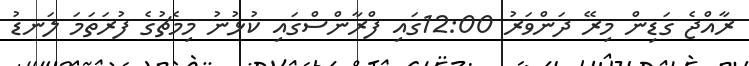
ރާއްޖެ ގަޑިން މިރޭ ދަންވަރު 12:00ގައި ފްރާންސްގައި ކުޅުނު މިމެޗުގެ ފުރަތަމަ ލަނޑު